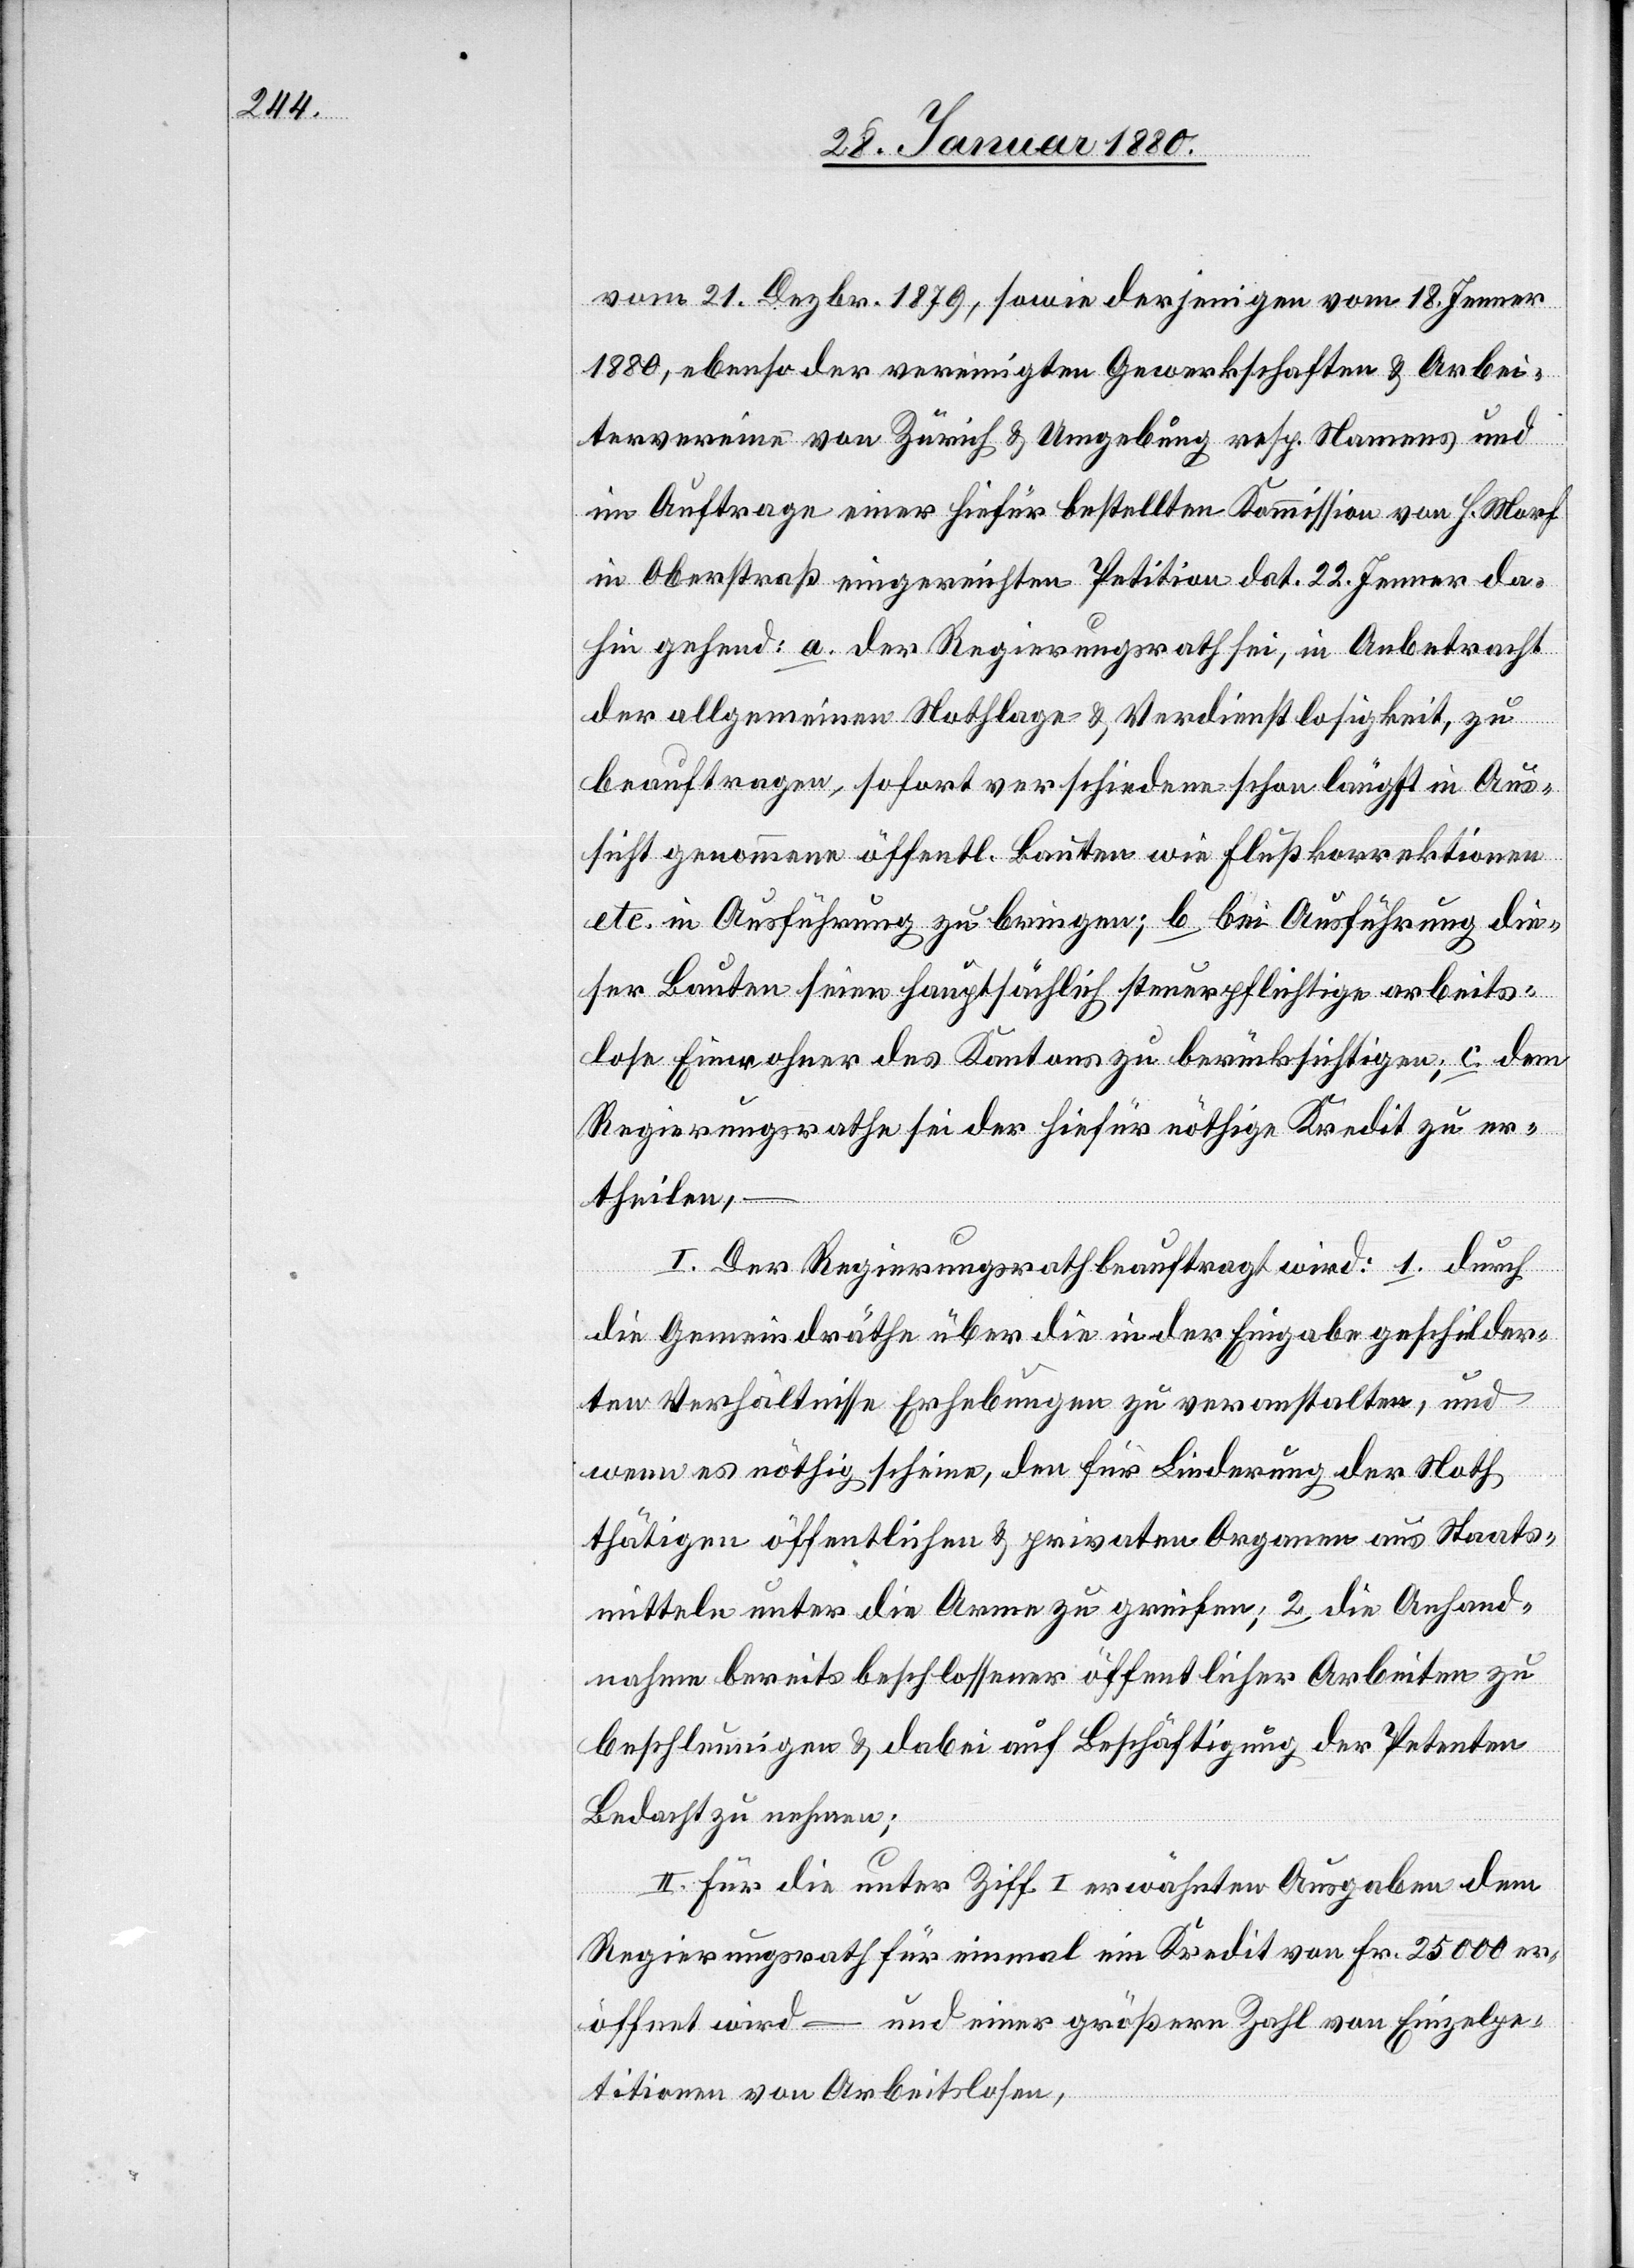
vom 21. Dezbr. 1879, sowie derjenigen vom 18. Jenner
1880, ebenso der vereinigten Gewerkschaften & Arbei¬
tervereine von Zürich & Umgebung resp. Namens und
im Auftrage einer hiefür bestellten Kommission von h. Morf
in Oberstraß eingereichten Petition dat. 22. Jenner da¬
hin gehend: a. der Regierungsrath sei, in Anbetracht
der allgemeinen Nothlage- & Verdienstlosigkeit, zu
beauftragen, sofort verschiedene schon längst in Aus¬
sicht genommene öffentl. Bauten wie Flußkorrektionen
etc. in Ausführung zu bringen; b. bei Ausführung die¬
ser Bauten seien hauptsächlich steuerpflichtige arbeits¬
lose Einwohner des Kantons zu berücksichtigen; c. dem
Regierungsrathe sei der hiefür nöthige Kredit zu er¬
theilen,
I. Der Regierungsrath beauftragt wird: 1. durch
die Gemeindräthe über die in der Eingabe geschilder¬
ten Verhältnisse Erhebungen zu veranstalten, und
wenn es nöthig scheine, den für Linderung der Noth
thätigen öffentlichen & privaten Organen aus Staats¬
mitteln unter die Arme zu greifen; 2 die Anhand¬
nahme bereits beschlossener öffentlicher Arbeiten zu
beschleunigen & dabei auf Beschäftigung der Petenten
Bedacht zu nehmen;
II. Für die unter Ziff. I erwähnten Ausgaben dem
Regierungsrath für einmal ein Kredit von Fr. 25 000 er¬
öffnet wird – und einer größern Zahl von Einzelpe¬
titionen von Arbeitslosen,